Indian journal of veterinary science and animal husbandry - Volume 2,
Year: 1932
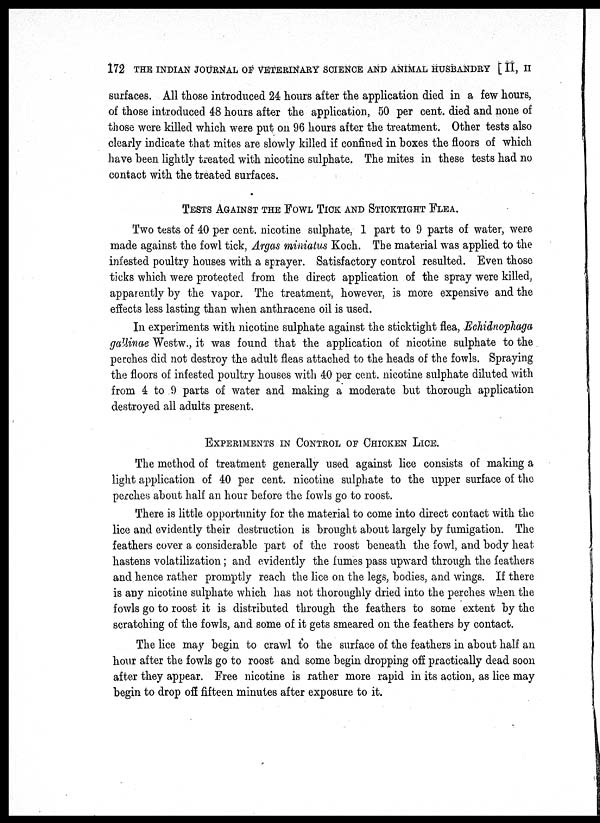
172 THE INDIAN JOURNAL OF VETERINARY SCIENCE AND ANIMAL HUSBANDRY [ II, II
surfaces. All those introduced 24 hours after the application died in a few hours,
of those introduced 48 hours after the application, 50 per cent. died and none of
those were killed which were put on 96 hours after the treatment. Other tests also
clearly indicate that mites are slowly killed if confined in boxes the floors of which
have been lightly treated with nicotine sulphate. The mites in these tests had no
contact with the treated surfaces.
TEST AGAINST THE FOWL TICK AND STICKTIGHT FLEA.
Two tests of 40 per cent. nicotine sulphate, 1 part to 9 parts of water, were
made against the fowl tick, Argas miniatus Koch. The material was applied to the
infested poultry houses with a sprayer. Satisfactory control resulted. Even those
ticks which were protected from the direct application of the spray were killed,
apparently by the vapor. The treatment, however, is more expensive and the
effects less lasting than when anthracene oil is used.
In experiments with nicotine sulphate against the sticktight flea, Echidnophaga
gallinae Westw., it was found that the application of nicotine sulphate to the
perches did not destroy the adult fleas attached to the heads of the fowls. Spraying
the floors of infested poultry houses with 40 per cent. nicotine sulphate diluted with
from 4 to 9 parts of water and making a moderate but thorough application
destroyed all adults present.
EXPERIMENTS IN CONTROL OF CHICKEN LICE.
The method of treatment generally used against lice consists of making a
light application of 40 per cent. nicotine sulphate to the upper surface of the
perches about half an hour before the fowls go to roost.
There is little opportunity for the material to come into direct contact with the
lice and evidently their destruction is brought about largely by fumigation. The
feathers cover a considerable part of the roost beneath the fowl, and body heat
hastens volatilization; and evidently the fumes pass upward through the feathers
and.hence rather promptly reach the lice on the legs, bodies, and wings. If there
is any nicotine sulphate which has not thoroughly dried into the perches when the
fowls go to roost it is distributed through the feathers to some extent by the
scratching of the fowls, and some of it gets smeared on the feathers by contact.
The lice may begin to crawl to the surface of the feathers in about half an
hour after the fowls go to roost and some begin dropping off practically dead soon
after they appear. Free nicotine is rather more rapid in its action, as lice may
begin to drop off fifteen minutes after exposure to it.